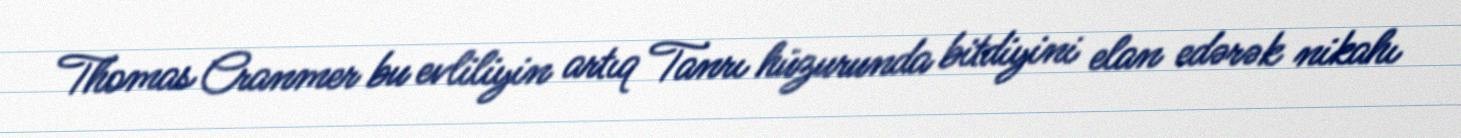
Thomas Cranmer bu evliliyin artıq Tanrı hüzurunda bitdiyini elan edərək nikahı